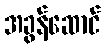
အခွန်ဆောင်